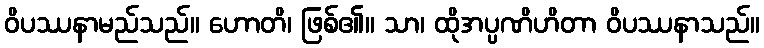
ဝိပဿနာမည်သည်။ ဟောတိ၊ ဖြစ်၏။ သာ၊ ထိုအပ္ပဏိဟိတာ ဝိပဿနာသည်။